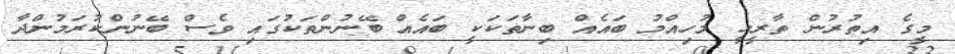
މީގެ އިތުރުން ތާރީހީ މުހިއްމު ބައެއް ބިނާތަކަކީ ބައެއް ބޭނުންތަކުގައި ވެސް ބޭނުންކުރަމުންދާ